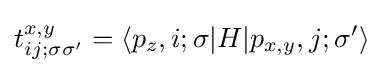
t_{ij;\sigma \sigma '}^{x,y}=\langle p_{z},i;\sigma |H|p_{x,y},j;\sigma '\rangle